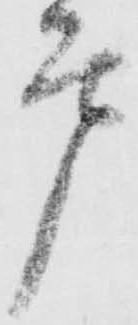
戸